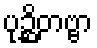
ပုဉ္ဆိတဗ္ဗာ